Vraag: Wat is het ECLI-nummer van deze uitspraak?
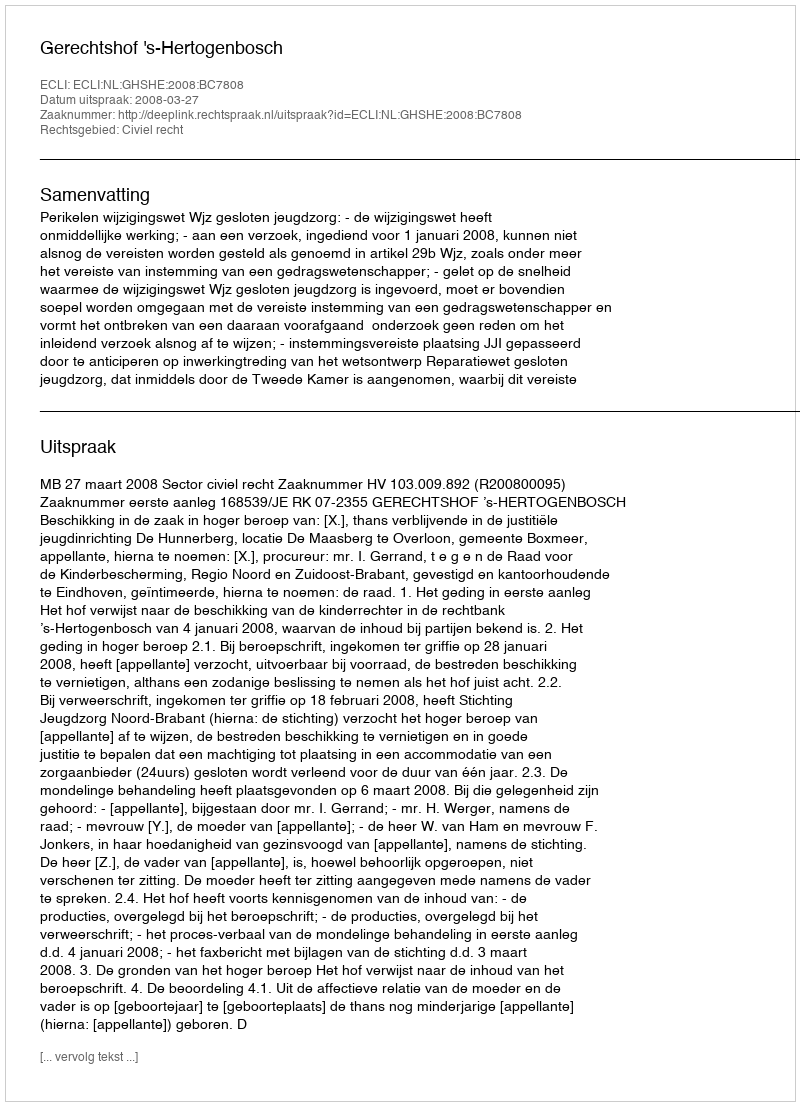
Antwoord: ECLI:NL:GHSHE:2008:BC7808